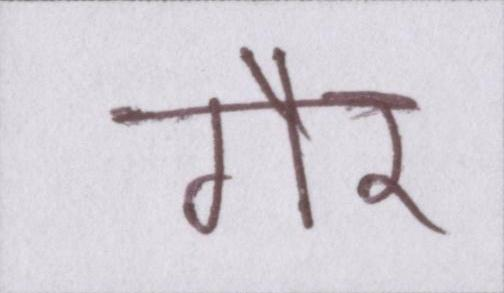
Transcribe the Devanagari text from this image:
गौर